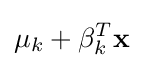
\mu _{k}+\mathbf {\beta } _{k}^{T}\mathbf {x}